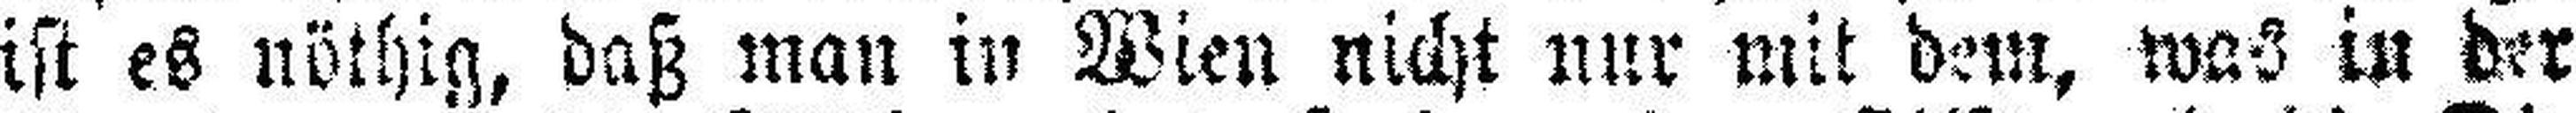
ist es nöthig, daß man in Wien nicht nur mit dem, was in der